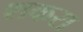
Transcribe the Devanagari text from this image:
शकरा